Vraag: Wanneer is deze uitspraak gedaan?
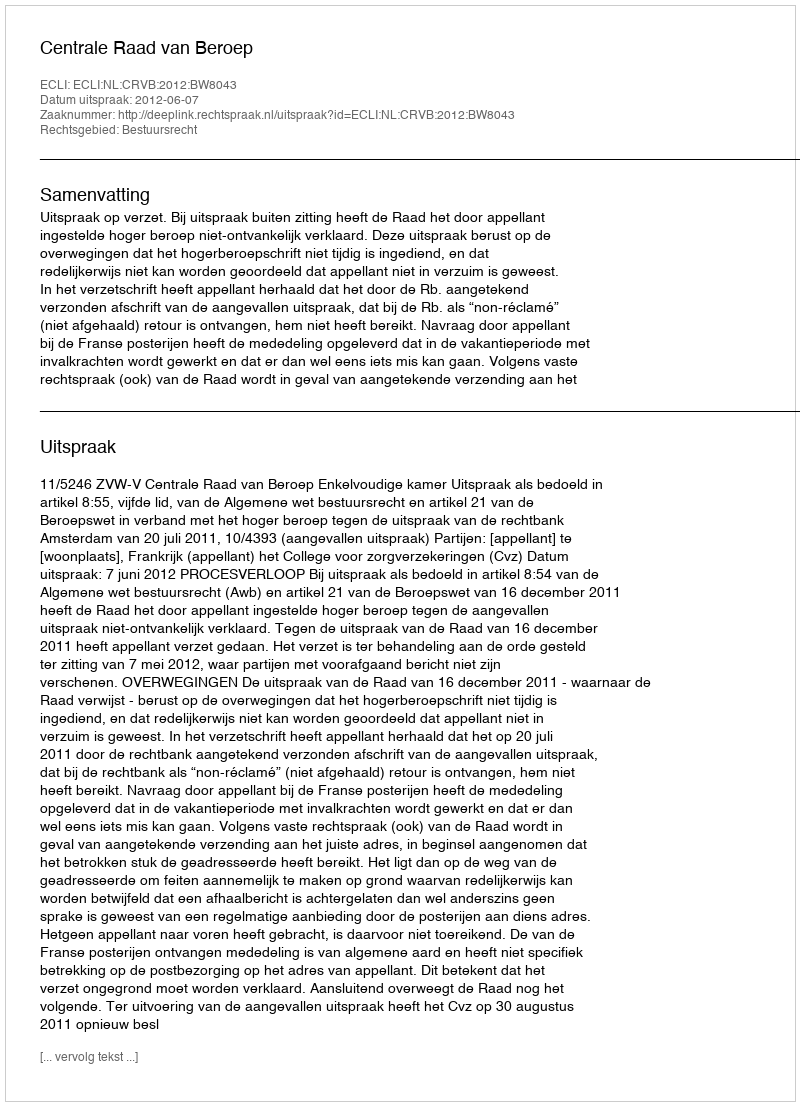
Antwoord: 2012-06-07